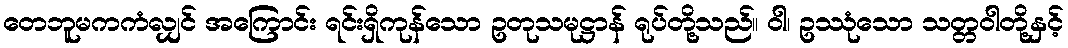
တေဘူမကကံလျှင် အကြောင်း ရင်းရှိကုန်သော ဥတုသမုဋ္ဌာန် ရုပ်တို့သည်။ ဝါ၊ ဥဿုံသော သတ္တဝါတို့နှင့်